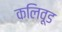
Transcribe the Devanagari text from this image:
कलिवूड